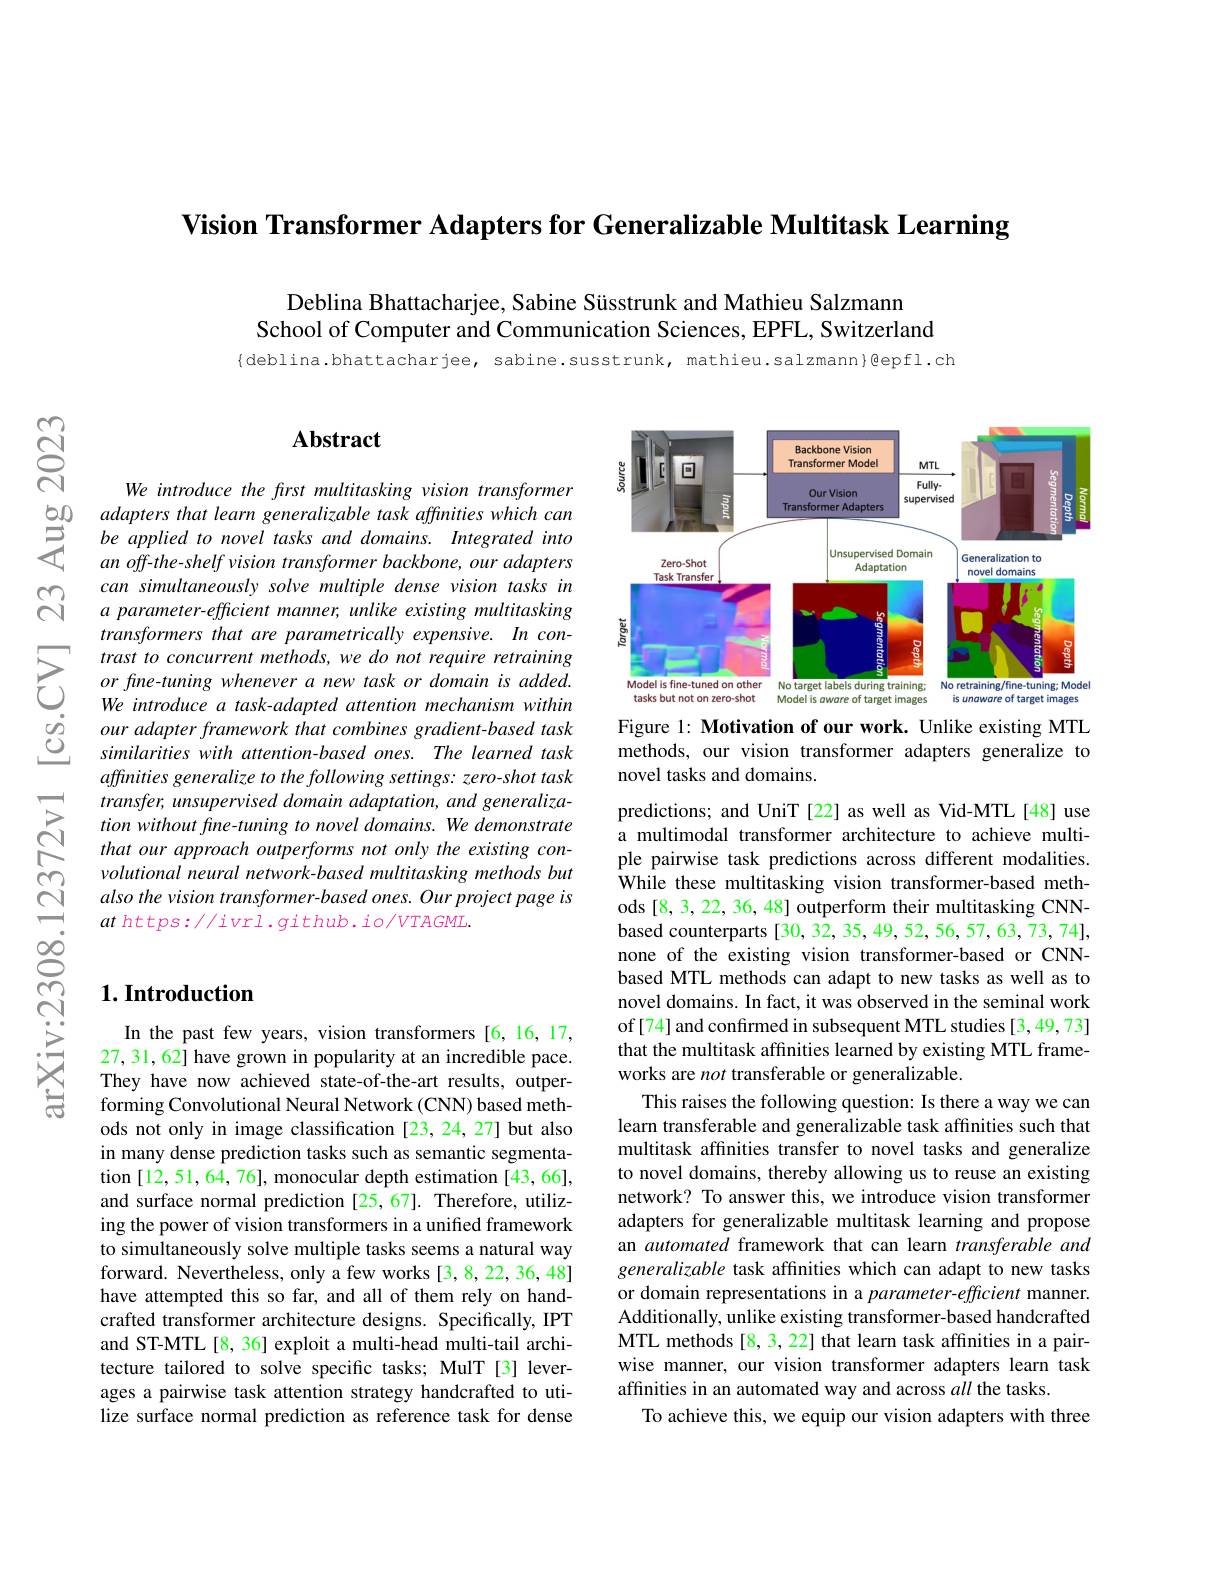
Vision Transformer Adapters for Generalizable Multitask Learning

Deblina Bhattacharjee, Sabine Süsstrunk and Mathieu Salzmann
School of Computer and Communication Sciences, EPFL, Switzerland

{deblina.bhattacharjee, sabine.susstrunk, mathieu.salzmann}@epfl.ch

$ଟ୍ରି$

$സ്രു$

## Abstract

We introduce the first multitasking vision transformer
an off-the-shelf vision transformer backbone, our adapters can simultaneously solve multiple dense vision tasks in a parameter-efficient manner, unlike existing multitasking transformers that are parametrically expensive. In con-
$\sum_{\begin{array}{ccc}&\text{trast to concurr}\end{array}}$
affinities generalize to the following settings: zero-shot task transfer, unsupervised domain adaptation, and generalization without fine-tuning to novel domains. We demonstrate that our approach outperforms not only the existing convolutional neural network-based multitasking methods but also the vision transformer-based ones. Our project page is $athttps://ivrl.github.io/VTAGML.$

## $1. \textbf{Introduction}$

In the past few years, visio 27,31,62] have grown in popularity at an incredible pace. They have now achieved state-of-the-art results, outperforming Convolutional Neural Network (CNN) based methods not only in image classification [23,24,27] but also in many dense prediction tasks such as semantic segmentation [12, 51, 64, 76], monocular depth estimation [43, 66], and surface normal predictio ing the power of vision transformers in a unified framework to simultaneously solve multiple tasks seems a natural way forward. Nevertheless, only a few works [3,8,22,36,48] have attempted this so far, and all of them rely on handcrafted transformer architecture designs. Specifically, IPT and ST-MTL [8, 36] exploit a multi-head multi-tail architecture tailored to solve specific tasks; MulT [3] leverages a pairwise task attenti lize surface normal prediction as reference task for dense

<FigureHere>

Figure 1: Motivation of our work. Unlike existing MTL methods, our vision transformer adapters generalize to novel tasks and domains.

predictions; and UniT [22] as well as Vid-MTL[48] use a multimodal transformer arc ple pairwise task predictions across different modalities. While these multitasking vision transformer-based methods [8,3,22,36,48] outperform their multitasking CNNbased counterparts [30, 32, 35, 49, 52, 56, 57, 63, 73, 74], none of the existing vision transformer-based or CNNbased MTL methods can adapt to new tasks as well as novel domains. In fact, it was observed in the seminal work of[74] and confırmed in subsequent MTL studies [3,49,73] that the multitask affinities learned by existing MTL frameworks are not transferable or generalizable.
This raises the following question: Is there a way we can learn transferable and generalizable task affinities such that multitask affinities transfe to novel domains, thereby allowing us to reuse an existing network? To answer this, we introduce vision transformer adapters for generalizable m an automated framework that can learn transferable and generalizable task affinities which can adapt to new tasks or domain representations in a parameter-efficient manner. Additionally, unlike existing transformer-based handcrafted MTL methods [8, 3, 22] that learn task affinities in a pairwise manner, our vision transformer adapters learn task affinities in an automated way and across all the tasks
To achieve this, we equip our vision adapters with three